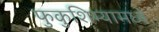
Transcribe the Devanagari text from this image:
फुकुशिम्यामध्ये